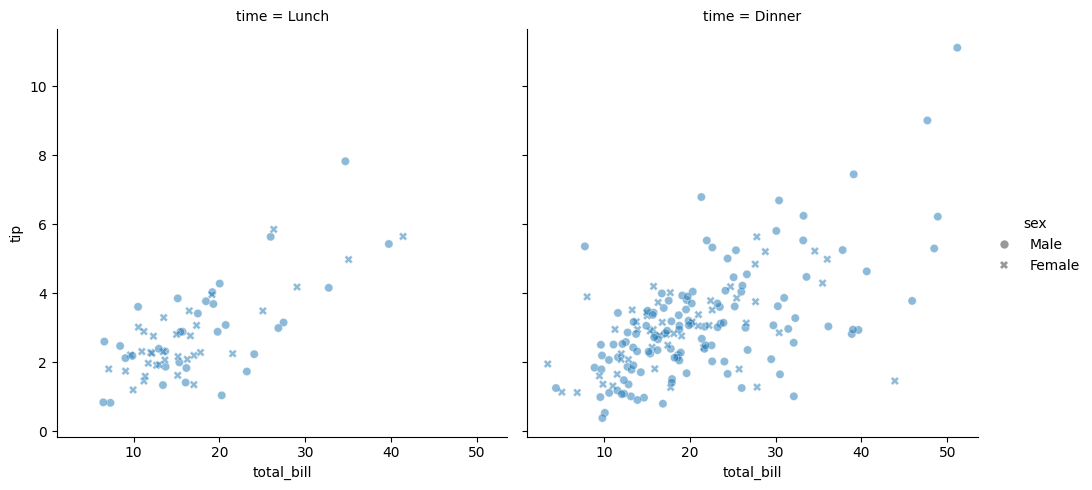
python, seaborn, relplot, alpha=0.5